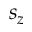
s _ { z }